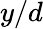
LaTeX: y/d